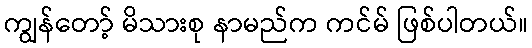
ကျွန်တော့် မိသားစု နာမည်က ကင်မ် ဖြစ်ပါတယ်။